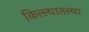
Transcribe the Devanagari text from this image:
किल्ल्यातल्या